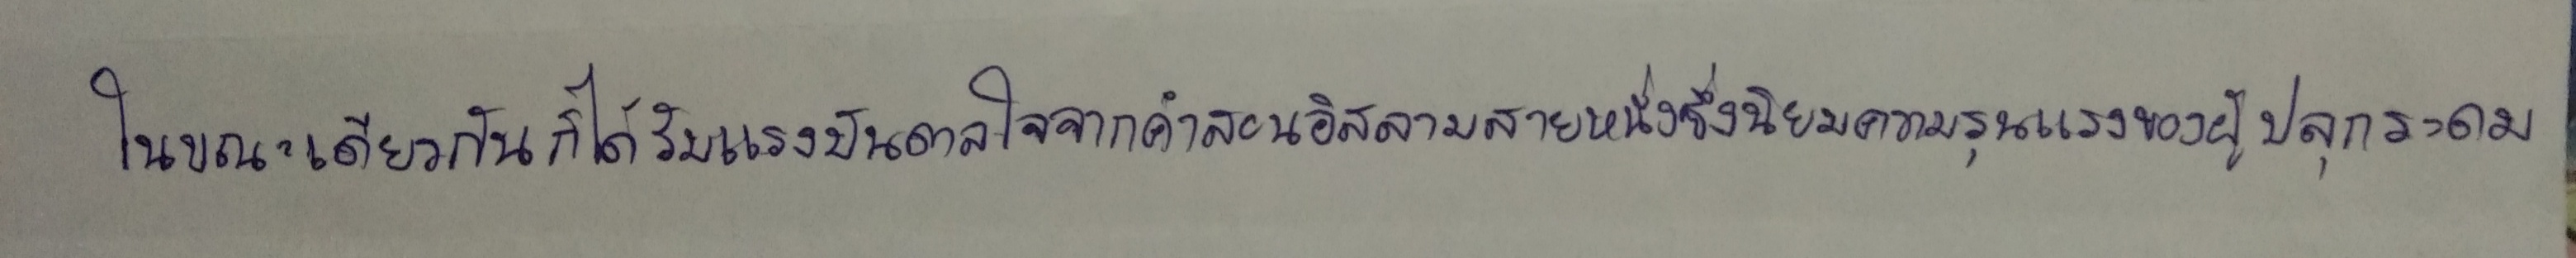
ในขณะเดียวกันก็ได้รับแรงบันดาลใจจากคำสอนอิสลามสายหนึ่งซึ่งนิยมความรุนแรงของผู้ปลุกระดม